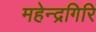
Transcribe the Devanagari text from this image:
महेन्द्रगिरि